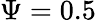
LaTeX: \Psi=0.5